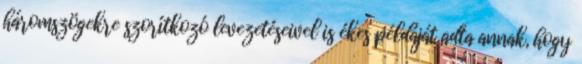
háromszögekre szorítkozó levezetéseivel is ékes példáját adta annak, hogy